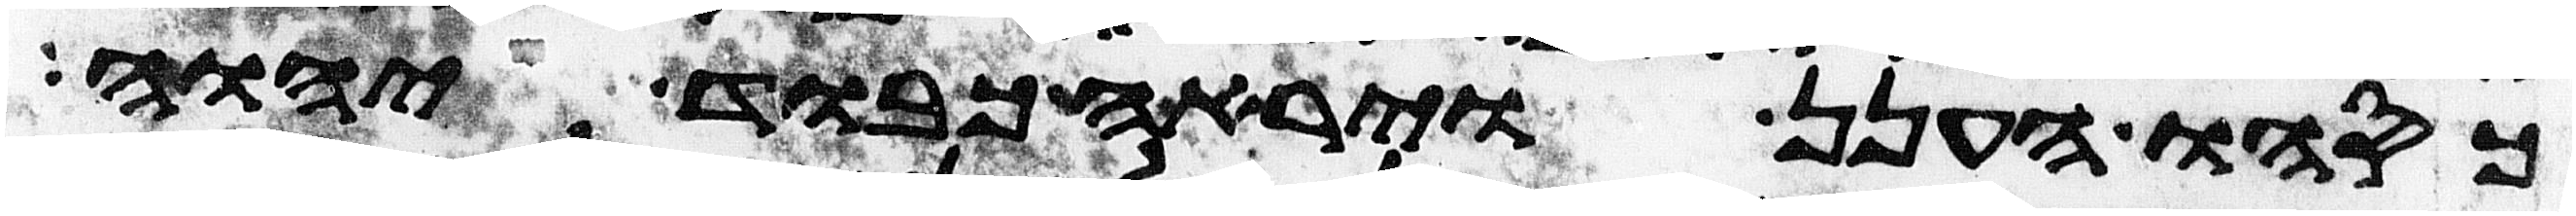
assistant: כסהו הענן ויראה כבוד יהוה